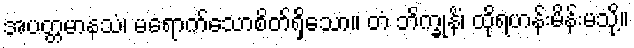
အပတ္တမာနသံ၊ မရောက်သောစိတ်ရှိသော။ တံ ဘိက္ခုနိံ၊ ထိုရဟန်းမိန်းမသို့။